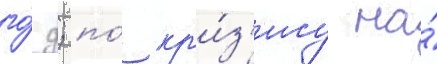
го́д; по́ кр'и́з'ису на́